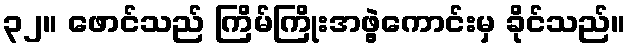
၃၂။ ဖောင်သည် ကြိမ်ကြိုးအဖွဲ့ကောင်းမှ ခိုင်သည်။